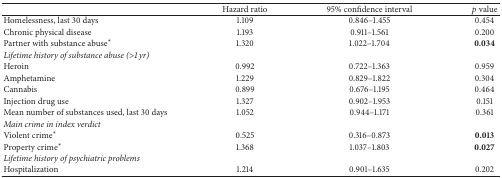
|  | Hazard ratio | 95% confidence interval | p value |
 | --- | --- | --- | --- |
 | Homelessness, last 30 days | 1.109 | 0.846–1.455 | 0.454 |
 | Chronic physical disease | 1.193 | 0.911–1.561 | 0.200 |
 | Partner with substance abuse∗ | 1.320 | 1.022–1.704 | 0.034 |
 | Lifetime history of substance abuse (>1 yr) |  |  |  |
 | Heroin | 0.992 | 0.722–1.363 | 0.959 |
 | Amphetamine | 1.229 | 0.829–1.822 | 0.304 |
 | Cannabis | 0.899 | 0.676–1.195 | 0.464 |
 | Injection drug use | 1.327 | 0.902–1.953 | 0.151 |
 | Mean number of substances used, last 30 days | 1.052 | 0.944–1.171 | 0.361 |
 | Main crime in index verdict |  |  |  |
 | Violent crime∗ | 0.525 | 0.316–0.873 | 0.013 |
 | Property crime∗ | 1.368 | 1.037–1.803 | 0.027 |
 | Lifetime history of psychiatric problems |  |  |  |
 | Hospitalization | 1.214 | 0.901–1.635 | 0.202 |